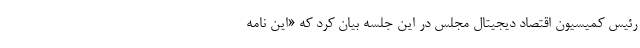
رئيس كميسيون اقتصاد ديجيتال مجلس در اين جلسه بيان كرد كه «اين نامه